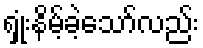
ရှုံးနိမ့်ခဲ့သော်လည်း